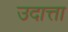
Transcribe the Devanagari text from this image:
उदात्ता